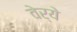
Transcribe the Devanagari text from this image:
वेर्ये